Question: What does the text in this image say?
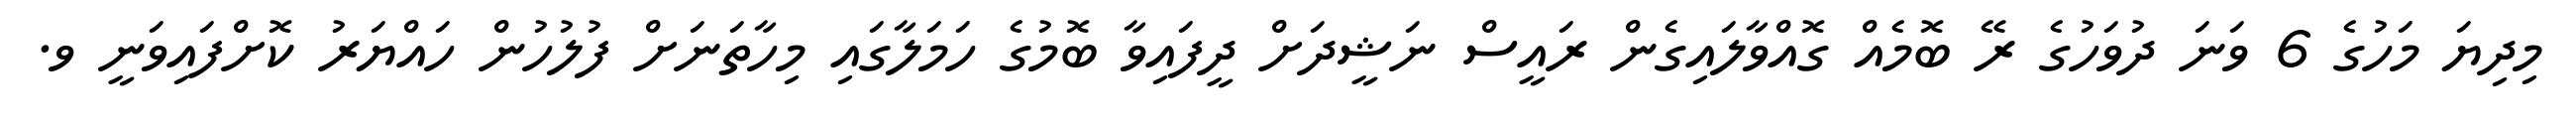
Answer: މިދިޔަ މަހުގެ 6 ވަނަ ދުވަހުގެ ރޭ ބޮމެއް ގޮއްވާލައިގެން ރައީސް ނަޝީދަށް ދީފައިވާ ބޮމުގެ ހަމަލާގައި މިހާތަނަށް ފުލުހުން ހައްޔަރު ކޮށްފައިވަނީ ވ.